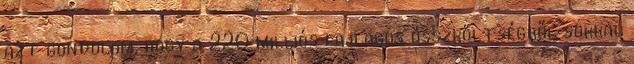
azt gondolom, hogy a 220 milliós fajlagos összköltségből sokkal